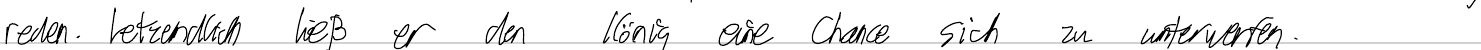
reden. Letztendlich ließ er den König eine Chance sich zu unterwerfen.